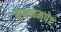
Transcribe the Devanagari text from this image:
तेयनमपेट